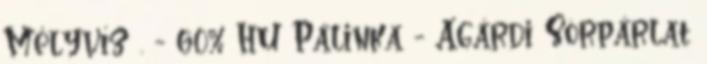
Mélyvíz . - 60% HU Pálinka - Agárdi Sörpárlat